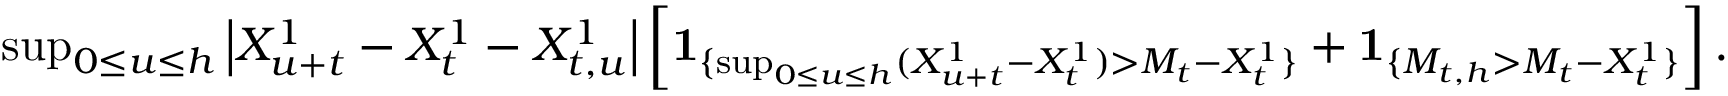
\begin{array} { r } { \operatorname* { s u p } _ { 0 \leq u \leq h } \left| X _ { u + t } ^ { 1 } - X _ { t } ^ { 1 } - X _ { t , u } ^ { 1 } \right| \left[ { \mathbf 1 } _ { \{ \operatorname* { s u p } _ { 0 \leq u \leq h } ( X _ { u + t } ^ { 1 } - X _ { t } ^ { 1 } ) > M _ { t } - X _ { t } ^ { 1 } \} } + { \mathbf 1 } _ { \{ M _ { t , h } > M _ { t } - X _ { t } ^ { 1 } \} } \right] . } \end{array}